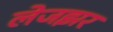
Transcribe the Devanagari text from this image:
लेजझर